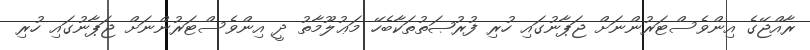
ރާއްޖޭގެ އިންވެސްޓަރުންނަށް ޖަޕާނުގައި ހުރި ފުރުޞަތުތަކާބެހޭ މަޢުލޫމާތު ދީ އިންވެސްޓަރުންނަށް ޖަޕާނުގައި ހުރި